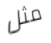
مثل